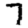
Digit: 7